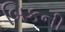
બિકની